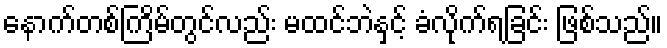
နောက်တစ်ကြိမ်တွင်လည်း မထင်ဘဲနှင့် ခံလိုက်ရခြင်း ဖြစ်သည်။